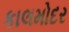
કાલમોદર